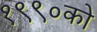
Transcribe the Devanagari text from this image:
१९९०को